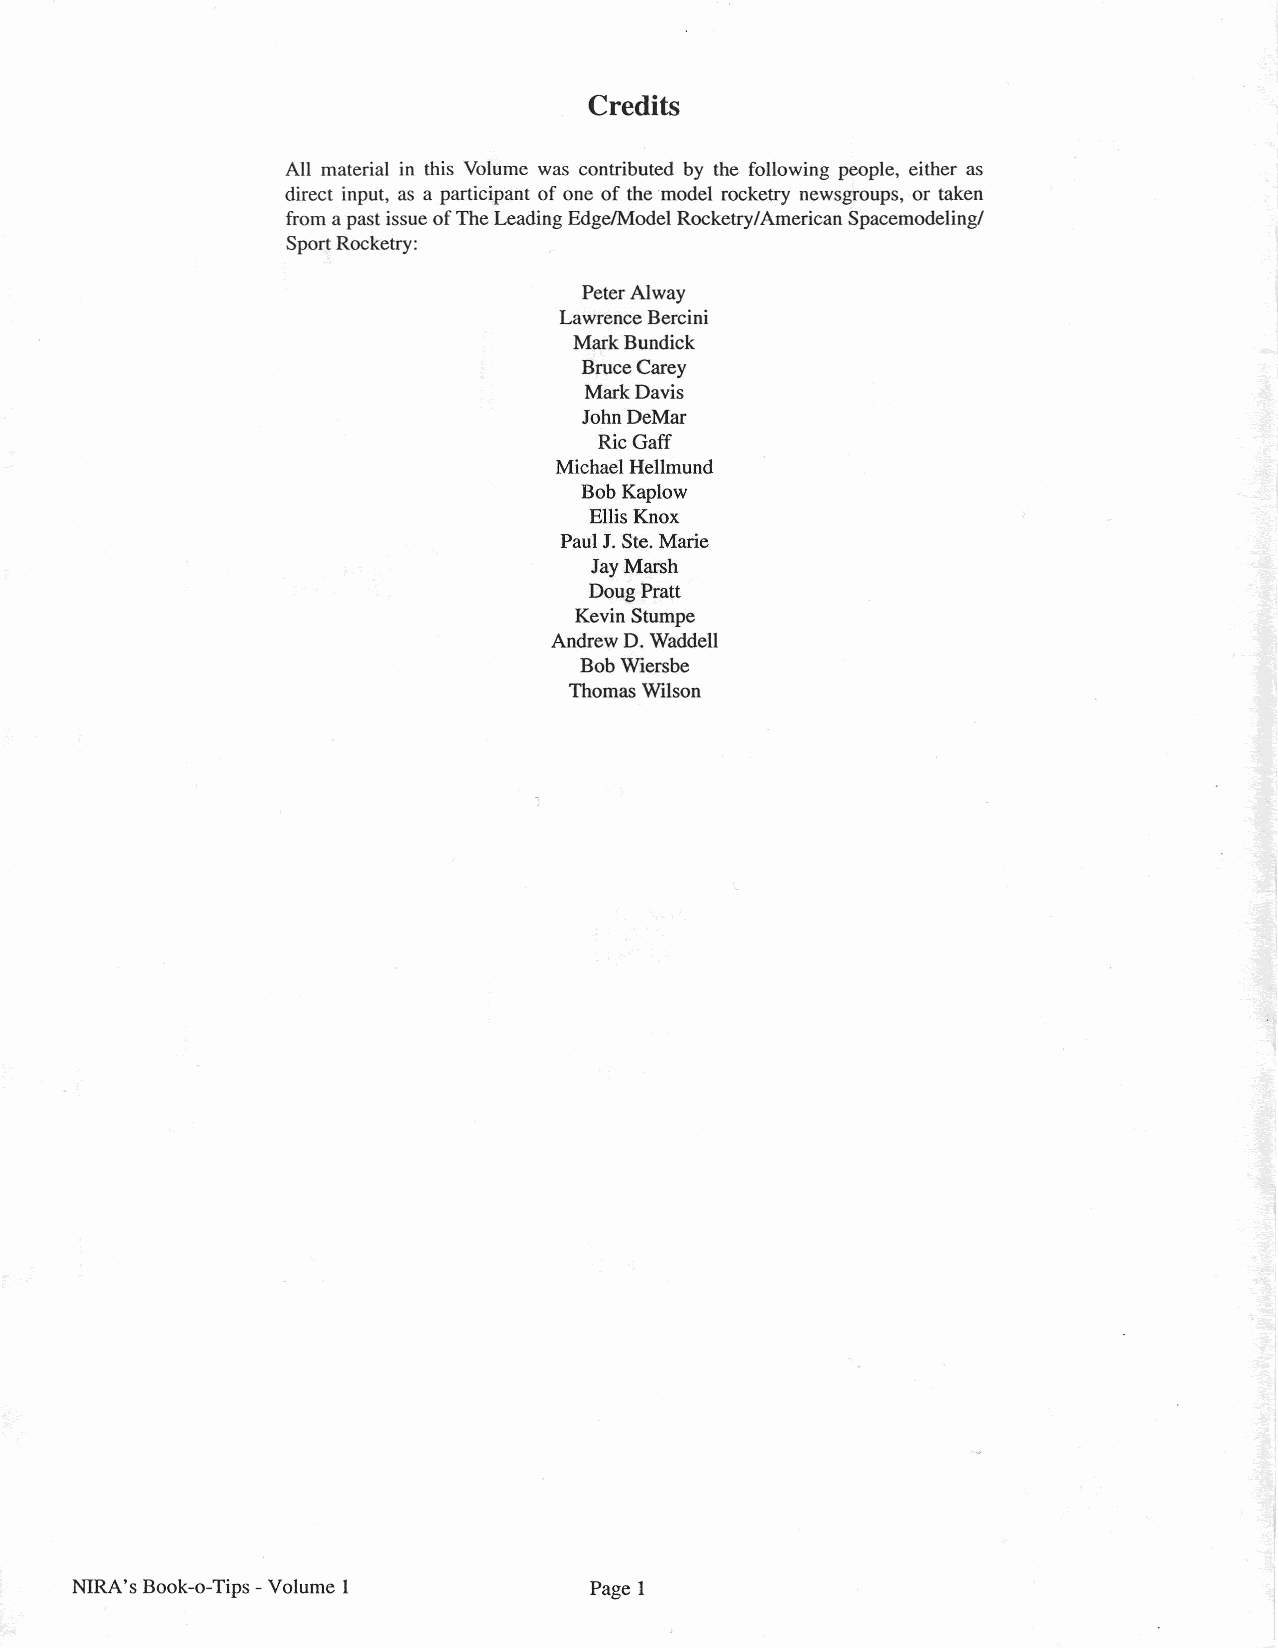
Credits
 All material in this Volume was contributed by the following people, either as
 direct input, as a participant of one of the model rocketry newsgroups, or taken
 from apast issue of The Leading Edge/Model Rocketry/American Spacemodeling/
 Sport Rocketry:
 Peter Alway
 Lawrence Bercini
 Mark Bundick
 Bruce Carey
 Mark Davis
 John DeMar
 Ric Gaff
 Michael Hellmund
 Bob Kaplow
 Ellis Knox
 Paul J. Ste. Marie
 Jay Marsh
 Doug Pratt
 Kevin Stumpe
 Andrew D. Waddell
 Bob Wiersbe
 Thomas Wilson
 NIRA's Book-o-Tips -Volume 1      Page 1